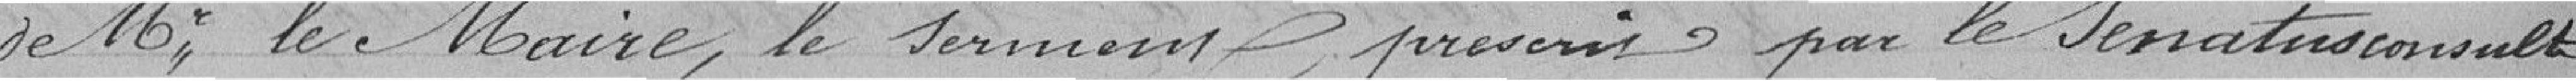
de Monsieur Le Maire, le serment, ..........